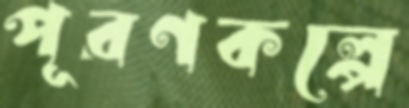
পূরণকল্পে